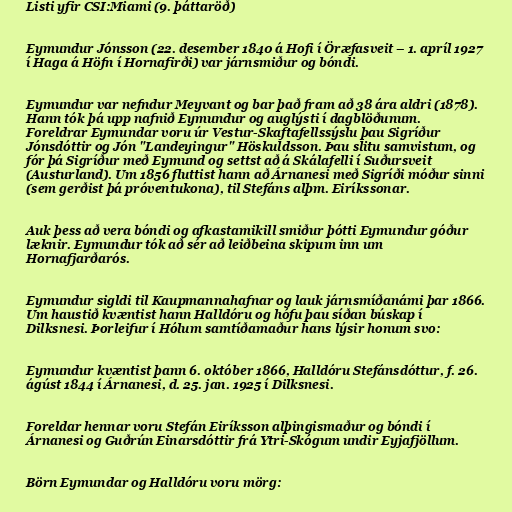
Listi yfir CSI:Miami (9. þáttaröð)

Eymundur Jónsson (22. desember 1840 á Hofi í Öræfasveit – 1. apríl 1927
í Haga á Höfn í Hornafirði) var járnsmiður og bóndi.

Eymundur var nefndur Meyvant og bar það fram að 38 ára aldri (1878).
Hann tók þá upp nafnið Eymundur og auglýsti í dagblöðunum.
Foreldrar Eymundar voru úr Vestur-Skaftafellssýslu þau Sigríður
Jónsdóttir og Jón "Landeyingur" Höskuldsson. Þau slitu samvistum, og
fór þá Sigríður með Eymund og settst að á Skálafelli í Suðursveit
(Austurland). Um 1856 fluttist hann að Árnanesi með Sigríði móður sinni
(sem gerðist þá próventukona), til Stefáns alþm. Eiríkssonar.

Auk þess að vera bóndi og afkastamikill smiður þótti Eymundur góður
læknir. Eymundur tók að sér að leiðbeina skipum inn um
Hornafjarðarós.

Eymundur sigldi til Kaupmannahafnar og lauk járnsmíðanámi þar 1866.
Um haustið kvæntist hann Halldóru og hófu þau síðan búskap í
Dilksnesi. Þorleifur í Hólum samtíðamaður hans lýsir honum svo:

Eymundur kvæntist þann 6. október 1866, Halldóru Stefánsdóttur, f. 26.
ágúst 1844 í Árnanesi, d. 25. jan. 1925 í Dilksnesi.

Foreldar hennar voru Stefán Eiríksson alþingismaður og bóndi í
Árnanesi og Guðrún Einarsdóttir frá Ytri-Skógum undir Eyjafjöllum.

Börn Eymundar og Halldóru voru mörg: